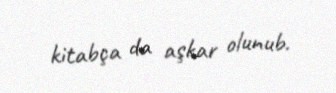
kitabça da aşkar olunub.